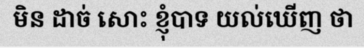
មិន ដាច់ សោះ ខ្ញុំបាទ យល់ឃើញ ថា